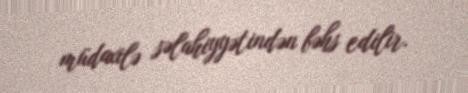
müdaxilə səlahiyyətindən bəhs edilir.